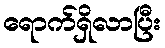
ရောက်ရှိလာပြီး